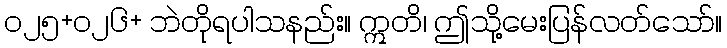
၀၂၅+၀၂၆+ ဘဲတိုရပါသနည်း။ ဣတိ၊ ဤသို့မေးပြန်လတ်သော်။